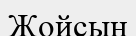
Жойсын